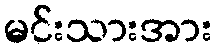
မင်းသားအား